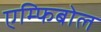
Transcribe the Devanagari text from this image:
एम्फिबोल